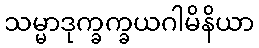
သမ္မာဒုက္ခက္ခယဂါမိနိယာ